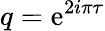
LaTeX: q=\mathrm{e}^{2i\pi\tau}